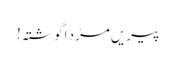
پیریں مڑد اگوشتہ!